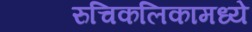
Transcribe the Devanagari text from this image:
रुचिकलिकामध्ये